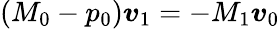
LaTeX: (M_{0}-p_{0})\boldsymbol{v}_{1}=-M_{1}\boldsymbol{v}_{0}